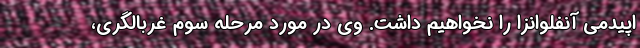
اپیدمی آنفلوانزا را نخواهیم داشت. وی در مورد مرحله سوم غربالگری،